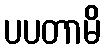
ပပတာမိ